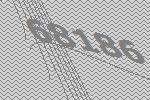
68186